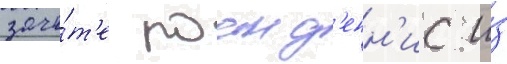
зачё́т'е роан д'енн'ис и́з